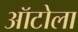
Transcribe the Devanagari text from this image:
ऑटोला